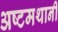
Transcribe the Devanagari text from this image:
अष्टमथानी